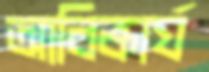
আবিষ্কার্য